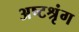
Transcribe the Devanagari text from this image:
अष्टश्रृंग